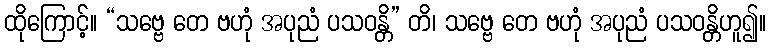
ထိုကြောင့်။ “သဗ္ဗေ တေ ဗဟုံ အပုညံ ပသဝန္တိ” တိ၊ သဗ္ဗေ တေ ဗဟုံ အပုညံ ပသဝန္တိဟူ၍။